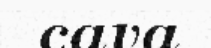
cava